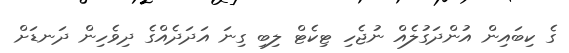
ގެ ކިބައިން އުންދަގުލެއް ނުޖެހި ޓިކެޓް ލިބި ގިނަ އަދަދެއްގެ ދިވެހިން ދަނޑަށް